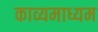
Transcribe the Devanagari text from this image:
काव्यमाध्यम